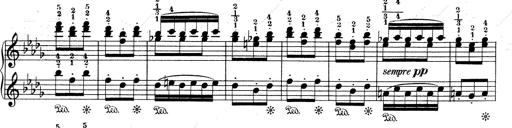
Title: Mephisto Waltz No.1
Composer: Franz Liszt